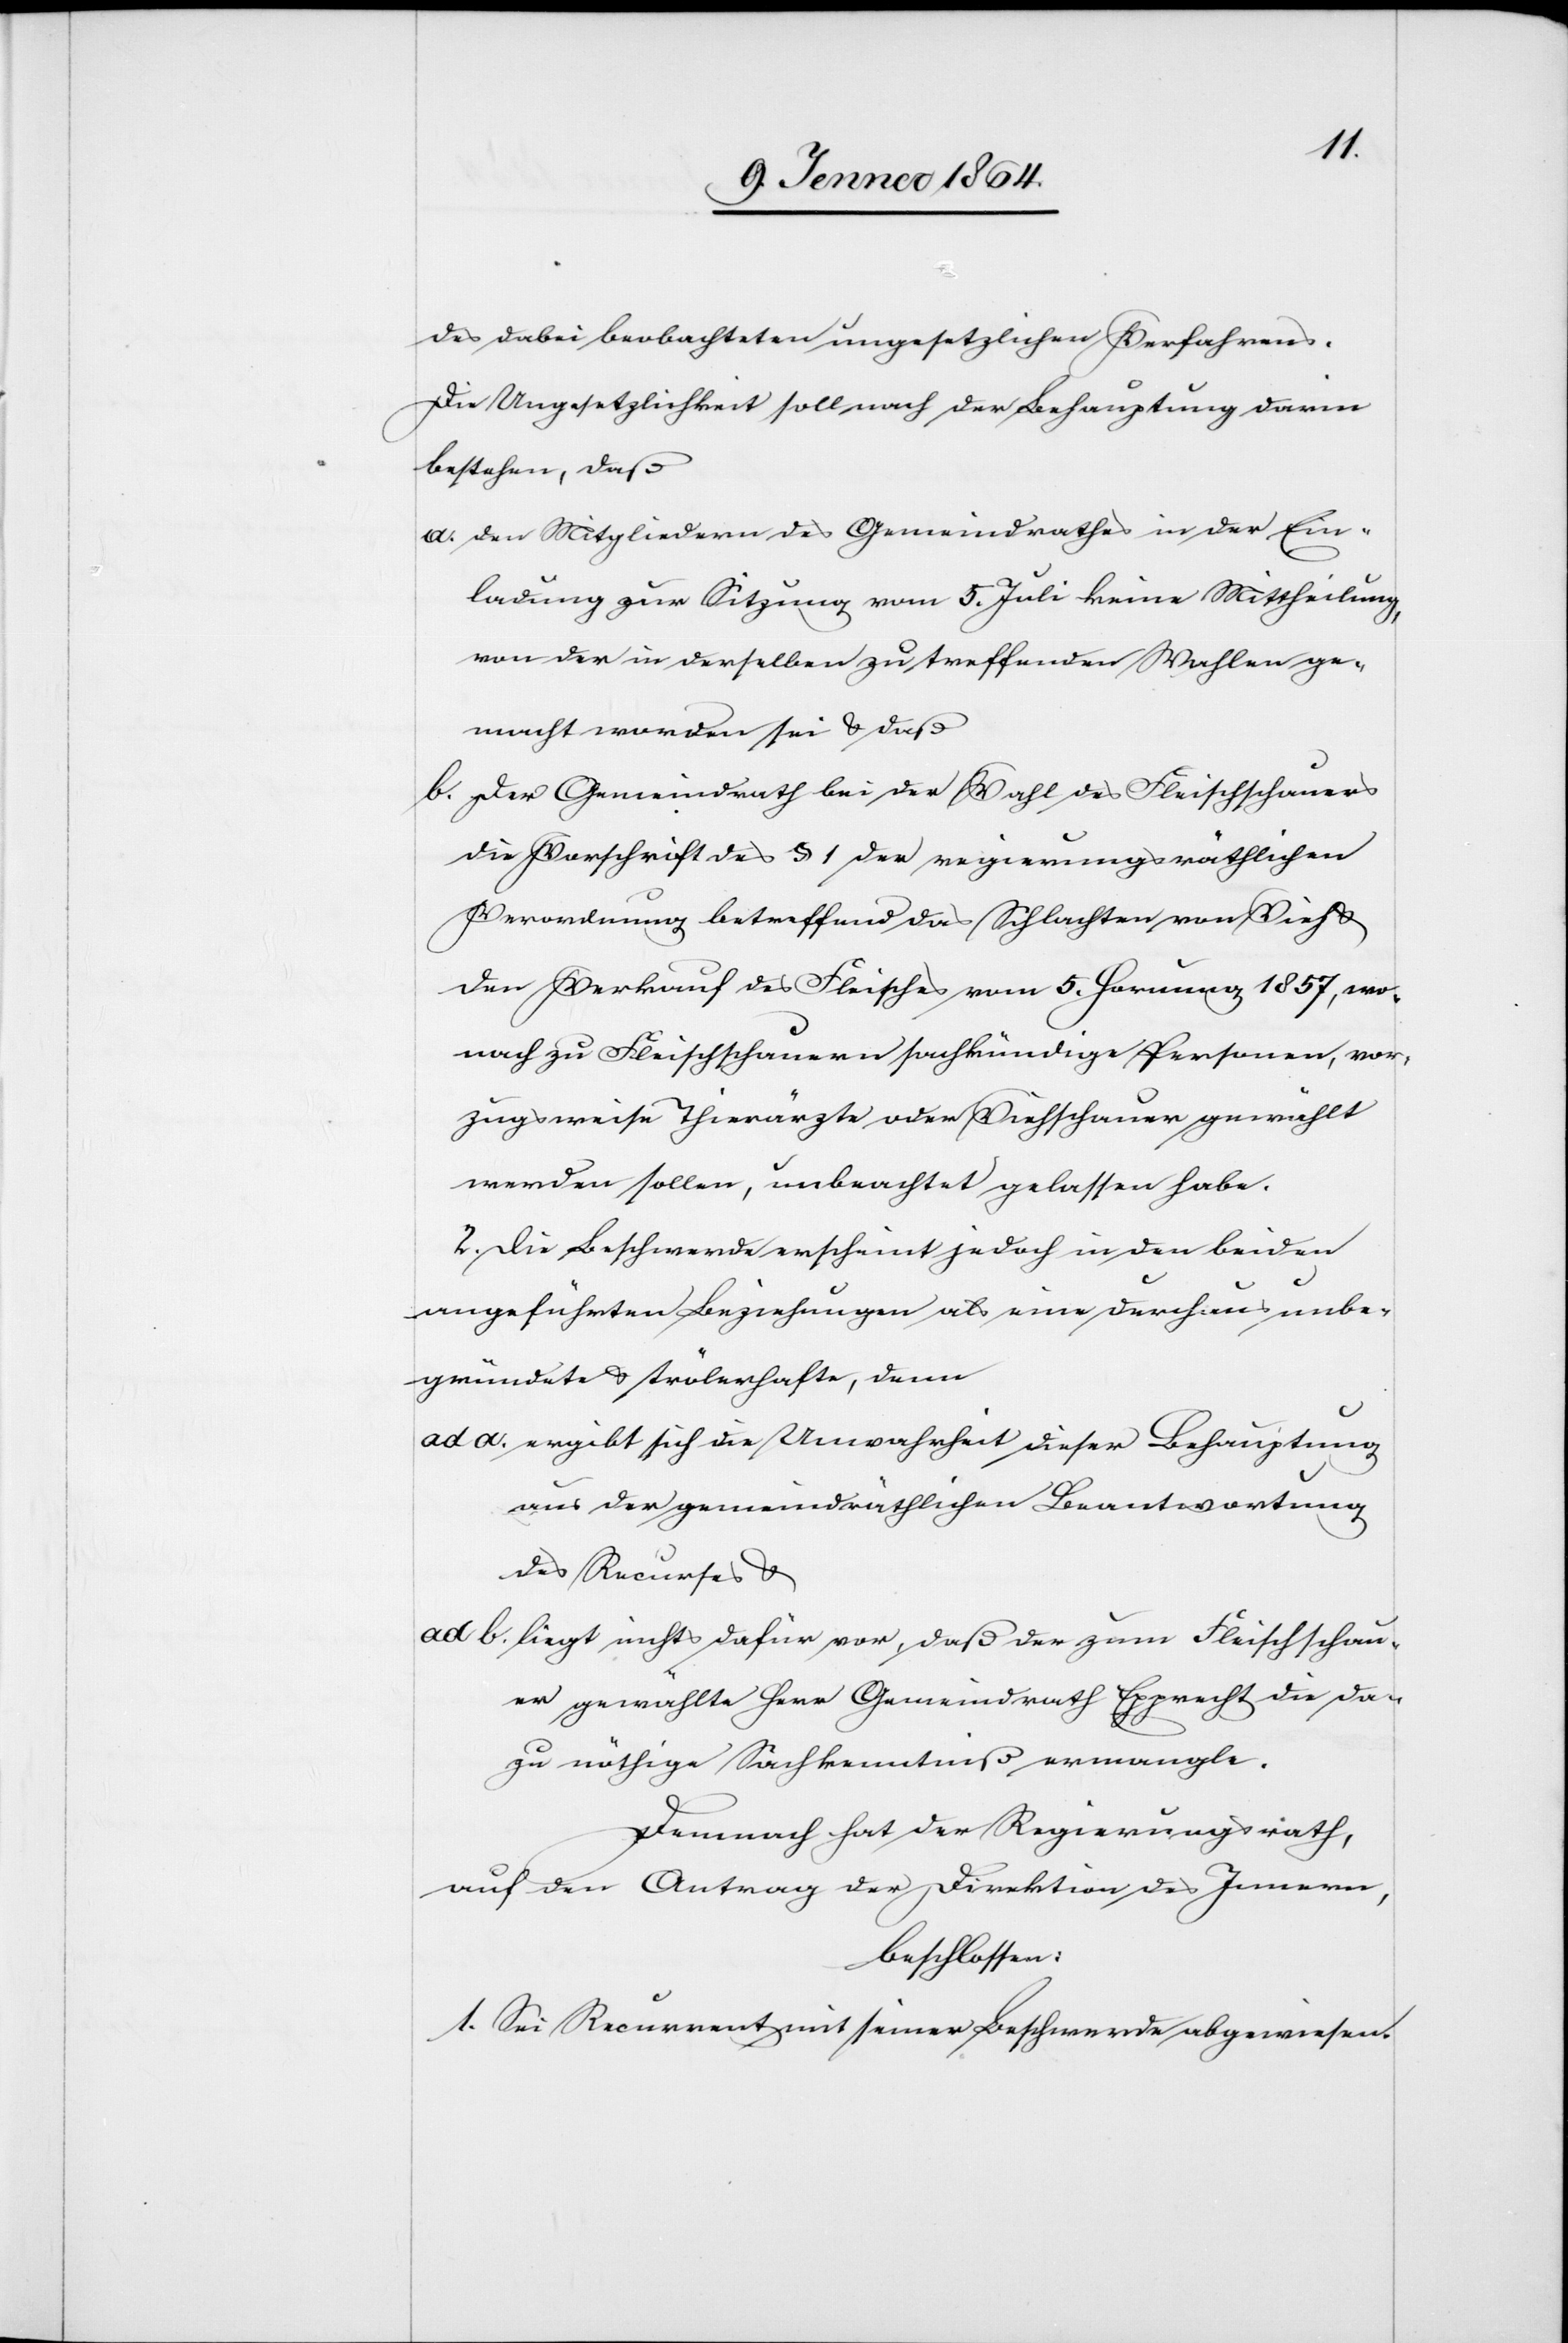
des dabei beobachteten ungesetzlichen Verfahrens.
Die Ungesetzlichkeit soll nach der Behauptung darin
bestehen, daß
a. den Mitgliedern des Gemeindrathes in der Ein¬
ladung zur Sitzung vom 5. Juli keine Mittheilung
von der [sic!] in derselben zu treffenden Wahlen ge¬
macht worden sei u. daß
b. der Gemeindrath bei der Wahl des Fleischschauers
die Vorschrift des § 1 der regierungsräthlichen
Verordnung betreffend das Schlachten von Vieh u.
den Verkauf des Fleisches vom 5. Hornung 1857, wo¬
nach zu Fleischschauern sachkündige Personen, vor¬
zugsweise Thierärzte oder Viehschauer gewählt
werden sollen, unbeachtet gelassen habe.
2. Die Beschwerde erscheint jedoch in den beiden
angeführten Beziehungen als eine durchaus unbe¬
gründete & trölerhafte, denn
ad a. ergibt sich die Unwahrheit dieser Behauptung
aus der gemeindräthlichen Beantwortung
des Recurses u.
ad b. liegt nichts dafür vor, daß der zum Fleischschau¬
er gewählte Herr Gemeindrath Epprecht die da¬
zu nöthige Sachkenntniß ermangle.
Demnach hat der Regierungsrath,
auf den Antrag der Direktion des Innern,
beschlossen:
1. Sei Recurrent mit seiner Beschwerde abgewiesen.